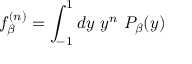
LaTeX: f _ { \beta } ^ { ( n ) } = \int _ { - 1 } ^ { 1 } d y \ y ^ { n } \ P _ { \beta } ( y )